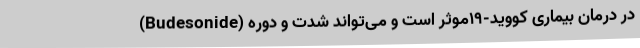
(Budesonide) در درمان بیماری کووید-۱۹موثر است و می‌تواند شدت و دوره